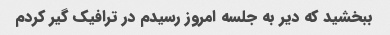
ببخشید که دیر به جلسه امروز رسیدم در ترافیک گیر کردم